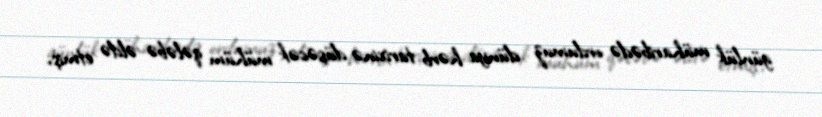
günlük müharibədə ordumuz dünya hərb tarixinə düşəcək mühüm qələbə əldə etmiş,